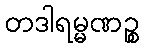
တဒါရမ္မဏဉ္စ